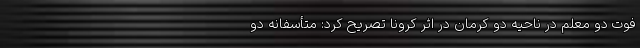
فوت دو معلم در ناحیه دو کرمان در اثر کرونا تصریح کرد: متأسفانه دو